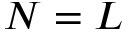
N = L